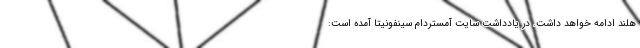
هلند ادامه خواهد داشت. در یادداشت سایت آمستردام سینفونیتا آمده است: